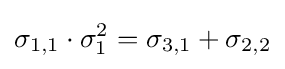
\sigma _{1,1}\cdot \sigma _{1}^{2}=\sigma _{3,1}+\sigma _{2,2}